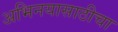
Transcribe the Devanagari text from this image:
अभिनयासाठीचा